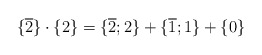
\begin{align*}{\{} \overline{2} {\}}\cdot {\{} {2} {\}} = {\{} \overline{2};2 {\}}+ {\{} \overline{1};1 {\}}+ {\{} {0} {\}}\end{align*}